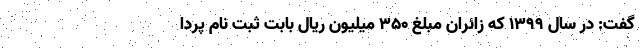
گفت: در سال ۱۳۹۹ که زائران مبلغ ۳۵۰ میلیون ریال بابت ثبت نام پردا